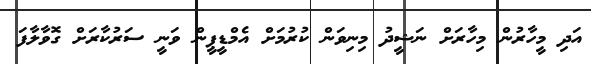
އަދި މީހާރުން މިހާރަށް ނަޝީދު މިނިވަން ކުރުމަށް އެމްޑީޕީން ވަނީ ސަރުކާރަށް ގޮވާލާފަ